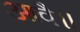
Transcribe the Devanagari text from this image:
आवै॥